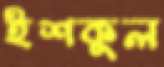
ইশকুল